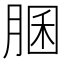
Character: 䐃